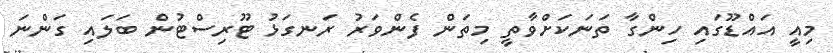
މިއީ އައްޑޫގައި ހިންގާ ތަނަކަށްވާތީ މިތަން ފެންވަރު ރަނގަޅު ޓޫރިސްޓުން ބަލައި ގަންނަ